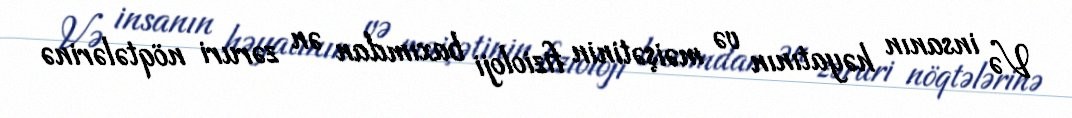
Və insanın həyatının və məişətinin fizioloji baxımdan ən zəruri nöqtələrinə